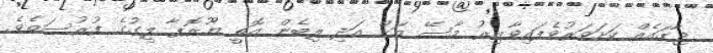
ޖާގައެއް ކަށަވަރުވެފައިވާއިރު މާސޭ އަށް އަދި ލިބެން އޮތީ ޔޫރޮޕާ ލީގުގެ ފުރުސަތެވެ.